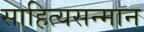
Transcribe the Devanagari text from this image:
साहित्यसन्मान